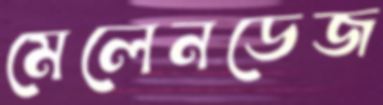
মেলেনডেজ